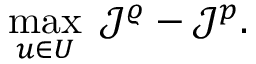
\operatorname* { m a x } _ { u \in U } \; \mathcal { J } ^ { \varrho } - \mathcal { J } ^ { p } .